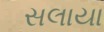
સલાયા